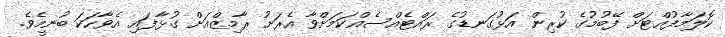
ކޮލަމާފުއްޓަށް ފޭބުމުގެ ކުރިން އަޅުގަނޑުގެ ރައްޓެއްސެއްކަމަށްވާ އެރަށު ރާމިޒްއަށް ގުޅާފައި އެވާހަކަ ބުނީމެވެ.